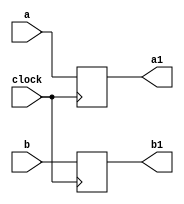


module delay(a,b,a1,b1,clock);

parameter n = 31;

input [n:0] a,b;
input clock;
output [n:0] a1,b1;
reg [n:0] a1,b1;

//Delay block is just used as a regester to hold the a,and b for a clock cycle.

always @(posedge clock)
begin
	a1 <= a;
	b1 <= b;
end

endmodule